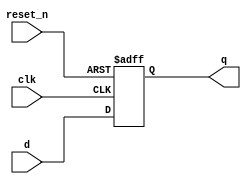
//D Flip-Flop with reset - sequential circuits
module _dff_r(q, clk, reset_n, d);
	input clk, reset_n, d;
	output reg q;
	
	always@(posedge clk or negedge reset_n)
	begin
		if(reset_n == 0) q <= 1'b0;
		else q <= d;
	end
endmodule